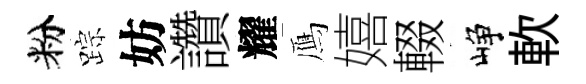
粉踪妨讚耀鴈嬉輟峥軟